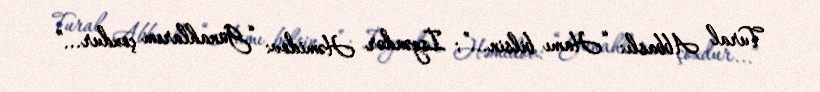
Tural Abbaslı: “Hamı bilsin...”; İsgəndər Həmidov: “Günahlarım çoxdur...”